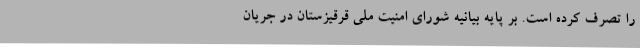
را تصرف کرده است. بر پایه بیانیه شورای امنیت ملی قرقیزستان در جریان